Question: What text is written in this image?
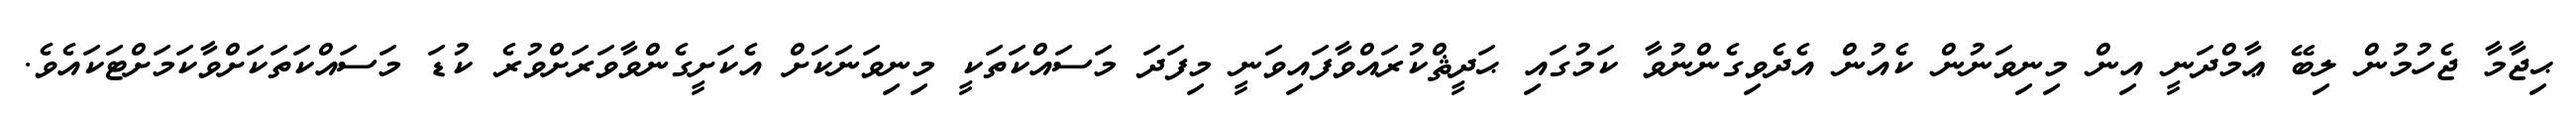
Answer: ޙިޖާމާ ޖެހުމުން ލިބޭ ޢާމްދަނީ އިން މިނިވަނުން ކެއުން އެދެވިގެންނުވާ ކަމުގައި ޙަދީޘްކުރައްވާފައިވަނީ މިފަދަ މަސައްކަތަކީ މިނިވަނަކަށް އެކަށީގެންވާވަރަށްވުރެ ކުޑަ މަސައްކަތަކަށްވާކަމަށްޓަކައެވެ.